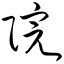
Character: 院